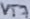
Text: VT7